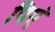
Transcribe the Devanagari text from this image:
पिएं